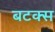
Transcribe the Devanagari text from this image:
बटक्स